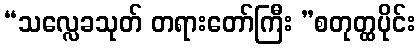
“သလ္လေခသုတ် တရားတော်ကြီး ”စတုတ္ထပိုင်း